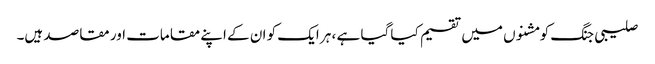
صلیبی جنگ کو مشنوں میں تقسیم کیا گیا ہے ، ہر ایک کو ان کے اپنے مقامات اور مقاصد ہیں۔